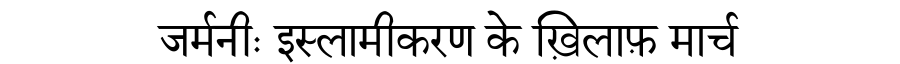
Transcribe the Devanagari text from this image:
जर्मनीः इस्लामीकरण के ख़िलाफ़ मार्च